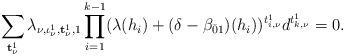
LaTeX: \begin{align*}\sum_{{\bf t}^1_\nu}\lambda_{\nu,\iota^1_\nu,{\bf t}^1_\nu,1}\prod_{i=1}^{k-1}(\lambda(h_i)+(\delta-\beta_{\bar01})(h_i))^{t_{i,\nu}^1}d^{t_{k,\nu}^1}=0.\end{align*}